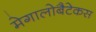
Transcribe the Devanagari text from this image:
मेगालोबैटेकस